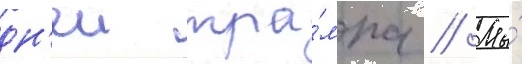
дн'еи тра́мпа // Мы́